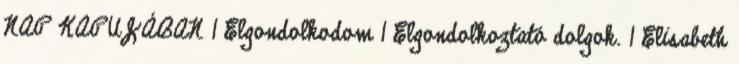
NAP KAPUJÁBAN 1 Elgondolkodom 1 Elgondolkoztató dolgok. 1 Elisabeth